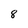
Character: 8